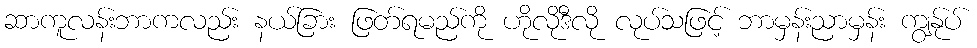
ဆာကူလန်းဘာကလည်း နယ်ခြား ဖြတ်ရမည်ကို ဟိုလိုဒီလို လုပ်သဖြင့် ဘာမှန်းညာမှန်း ကျွန်ုပ်